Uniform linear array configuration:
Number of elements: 8
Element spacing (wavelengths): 0.75
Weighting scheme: hann
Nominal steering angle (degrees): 30
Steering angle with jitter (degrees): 30.618
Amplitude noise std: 0.05
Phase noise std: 0.05

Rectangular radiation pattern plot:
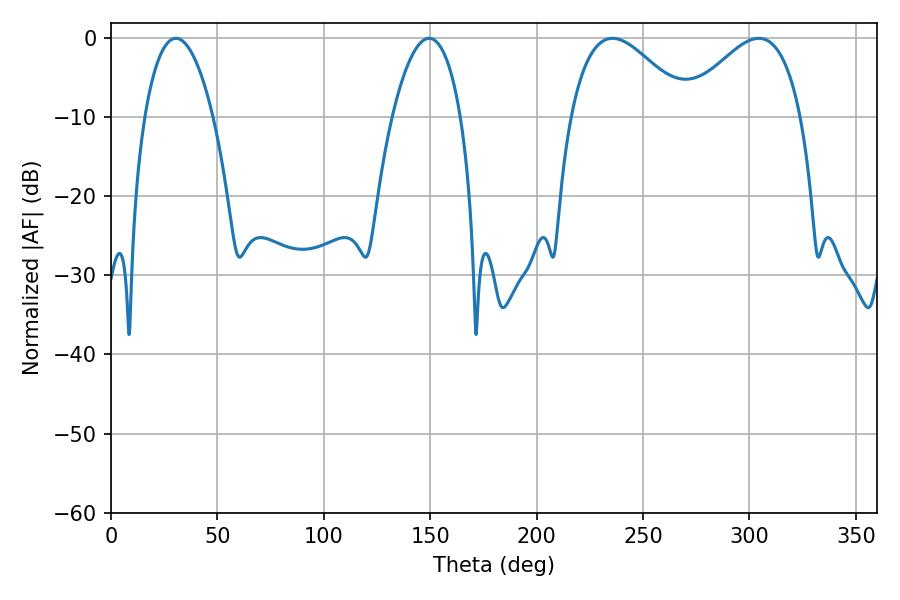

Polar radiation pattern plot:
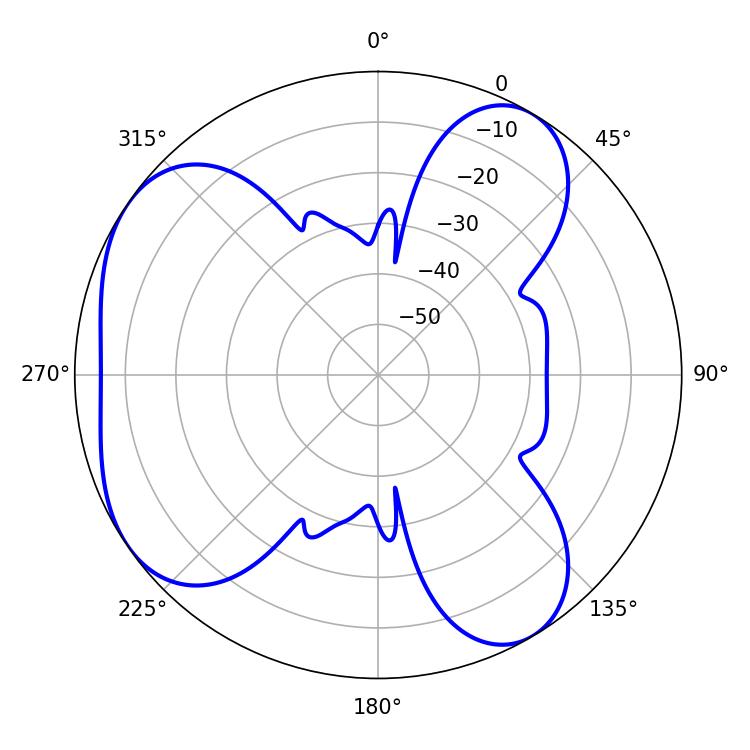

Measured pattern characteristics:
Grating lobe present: TRUE
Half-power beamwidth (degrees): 30.06
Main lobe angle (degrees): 235.62